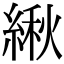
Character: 䋺